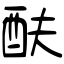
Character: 酜